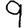
Digit: 9